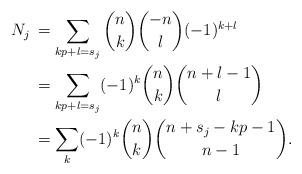
LaTeX: \begin{align*}N_j\,&=\sum_{kp+l=s_j}\binom nk\binom{-n}l(-1)^{k+l}\cr&=\sum_{kp+l=s_j}(-1)^k\binom nk\binom{n+l-1}l\cr&=\sum_k(-1)^k\binom nk\binom{n+s_j-kp-1}{n-1}.\end{align*}